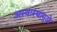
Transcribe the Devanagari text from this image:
अस्वास्थामुळे